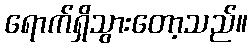
ရောက်ရှိသွားတော့သည်။